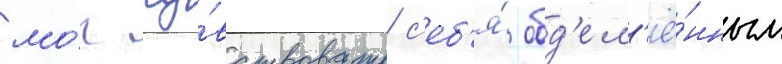
мо́г чу́вствовать с'еб'я́ обд'ел'ё́нным